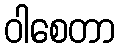
ဝါစေတာ